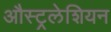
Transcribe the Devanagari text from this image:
औस्ट्रलेशियन